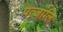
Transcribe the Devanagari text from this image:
पत्जांलि